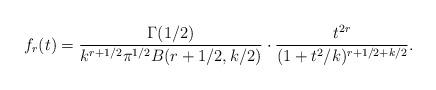
LaTeX: \begin{align*} f_r(t) = \frac{\Gamma(1/2)} {k^{r + 1/2} \pi^{1/2} B(r+1/2, k/2)} \cdot \frac{t^{2r}}{(1+t^2/k)^{r+1/2+k/2}}. \end{align*}